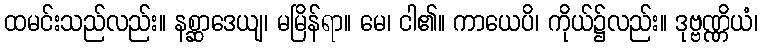
ထမင်းသည်လည်း။ နစ္ဆာဒေယျ၊ မမြိန်ရာ။ မေ၊ ငါ၏။ ကာယေပိ၊ ကိုယ်၌လည်း။ ဒုဗ္ဗဏ္ဏိယံ၊